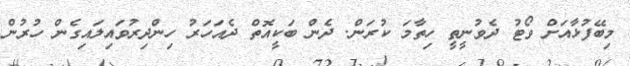
މިބޭފުޅާއަށް ވޯޓު ދެވުނީތީ ހިތާމަ ކުރަން. ދެން ބަކީއޮތް ދެއަހަރު ހިންދިރުވައިލައިގެން ހުރުން